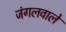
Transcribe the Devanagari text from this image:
जंगलवाले